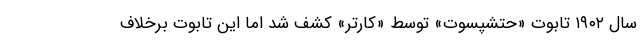
سال ۱۹۰۲ تابوت «حتشپسوت» توسط «کارتر» کشف شد اما این تابوت برخلاف